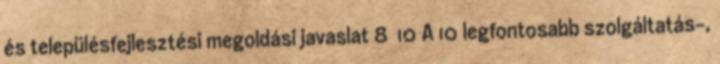
és településfejlesztési megoldási javaslat 8 10 A 10 legfontosabb szolgáltatás-,